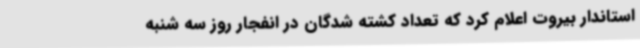
استاندار بیروت اعلام کرد که تعداد کشته شدگان در انفجار روز سه شنبه